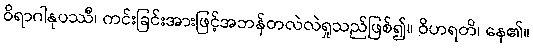
ဝိရာဂါနုပဿီ၊ ကင်းခြင်းအားဖြင့်အဘန်တလဲလဲရှုသည်ဖြစ်၍။ ဝိဟရတိ၊ နေ၏။